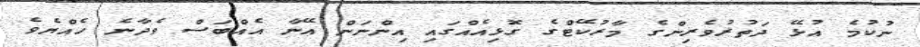
ނުކުމެ އުޅޭ ދަތުރުވެރިންގެ މާރުކޭޓްގެ ގޮޅިއެއްގައި އިންނަން އޭނާ އެއްބަސް ވެދާނެ ހެއްޔެވެ